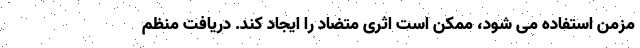
مزمن استفاده می شود، ممکن است اثری متضاد را ایجاد کند. دریافت منظم